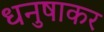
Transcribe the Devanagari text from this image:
धनुषाकर